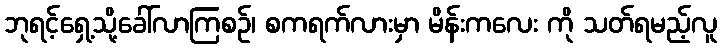
ဘုရင့်ရှေ့သို့ခေါ်လာကြစဉ်၊ စကရက်လားမှာ မိန်းကလေး ကို သတ်ရမည့်လူ